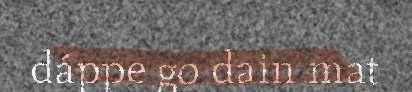
dáppe go dain mat